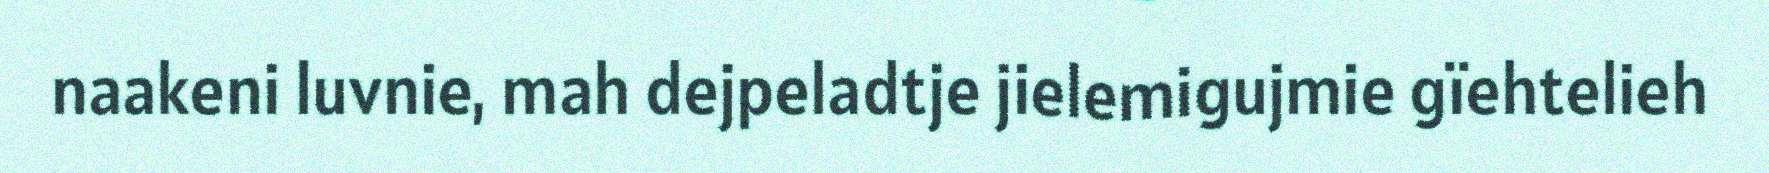
naakeni luvnie, mah dejpeladtje jielemigujmie gïehtelieh